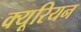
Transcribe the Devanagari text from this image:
क्यूरियन